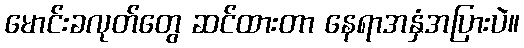
မောင်းခလုတ်တွေ ဆင်ထားတာ နေရာအနှံအပြားပဲ။